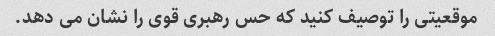
موقعیتی را توصیف کنید که حس رهبری قوی را نشان می دهد.